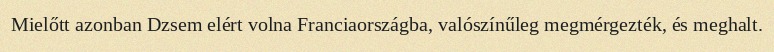
Mielőtt azonban Dzsem elért volna Franciaországba, valószínűleg megmérgezték, és meghalt.